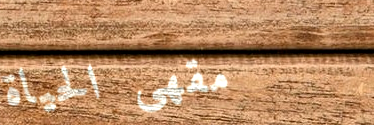
مقهى الحياة